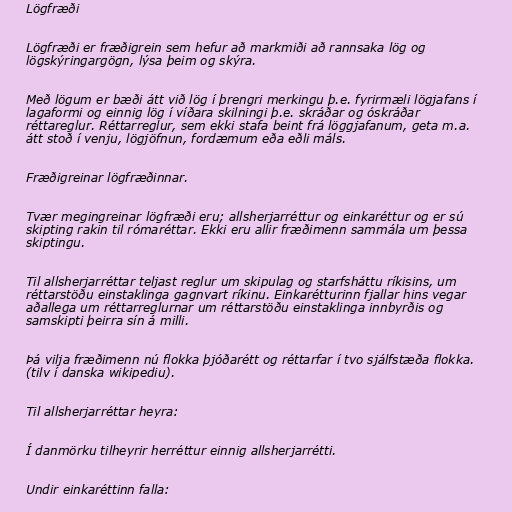
Lögfræði

Lögfræði er fræðigrein sem hefur að markmiði að rannsaka lög og
lögskýringargögn, lýsa þeim og skýra.

Með lögum er bæði átt við lög í þrengri merkingu þ.e. fyrirmæli lögjafans í
lagaformi og einnig lög í víðara skilningi þ.e. skráðar og óskráðar
réttareglur. Réttarreglur, sem ekki stafa beint frá löggjafanum, geta m.a.
átt stoð í venju, lögjöfnun, fordæmum eða eðli máls.

Fræðigreinar lögfræðinnar.

Tvær megingreinar lögfræði eru; allsherjarréttur og einkaréttur og er sú
skipting rakin til rómaréttar. Ekki eru allir fræðimenn sammála um þessa
skiptingu.

Til allsherjarréttar teljast reglur um skipulag og starfsháttu ríkisins, um
réttarstöðu einstaklinga gagnvart ríkinu. Einkarétturinn fjallar hins vegar
aðallega um réttarreglurnar um réttarstöðu einstaklinga innbyrðis og
samskipti þeirra sín á milli.

Þá vilja fræðimenn nú flokka þjóðarétt og réttarfar í tvo sjálfstæða flokka.
(tilv í danska wikipediu).

Til allsherjarréttar heyra:

Í danmörku tilheyrir herréttur einnig allsherjarrétti.

Undir einkaréttinn falla: